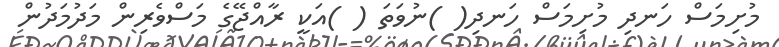
މުށިމަސް ހަނދި މުށިމަސް ހަނދި( )ނުވަތަ ( )އަކީ ރާއްޖޭގެ މަސްވެރިން މަދުމަދުން